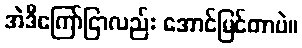
အဲဒီကြော်ငြာလည်း အောင်မြင်တာပဲ။